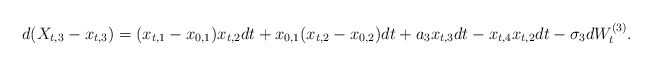
\begin{align*}d(X_{t,3} - x_{t,3}) = (x_{t,1} - x_{0,1})x_{t,2}dt +x_{0,1}(x_{t,2}- x_{0,2})dt + a_3 x_{t,3}dt -x_{t,4}x_{t,2}dt - \sigma_3 dW_t^{(3)}. \end{align*}